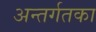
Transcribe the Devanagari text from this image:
अन्तर्गतका